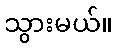
သွားမယ်။